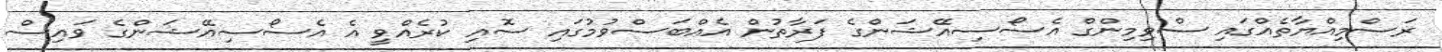
ރަސްމިއްޔާތެއްގައި ސްވިމިންގް އެސޯސިއޭޝަންގެ ފަރާތުން އެއްބަސްވުމުގައި ސޮއި ކުރެއްވީ އެ އެސޯސިއޭޝަންގެ ވައިސް